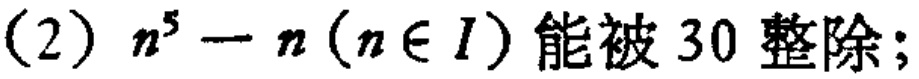
(2) \(n^{5}-n(n\in I)\)能被\(30\)整除;